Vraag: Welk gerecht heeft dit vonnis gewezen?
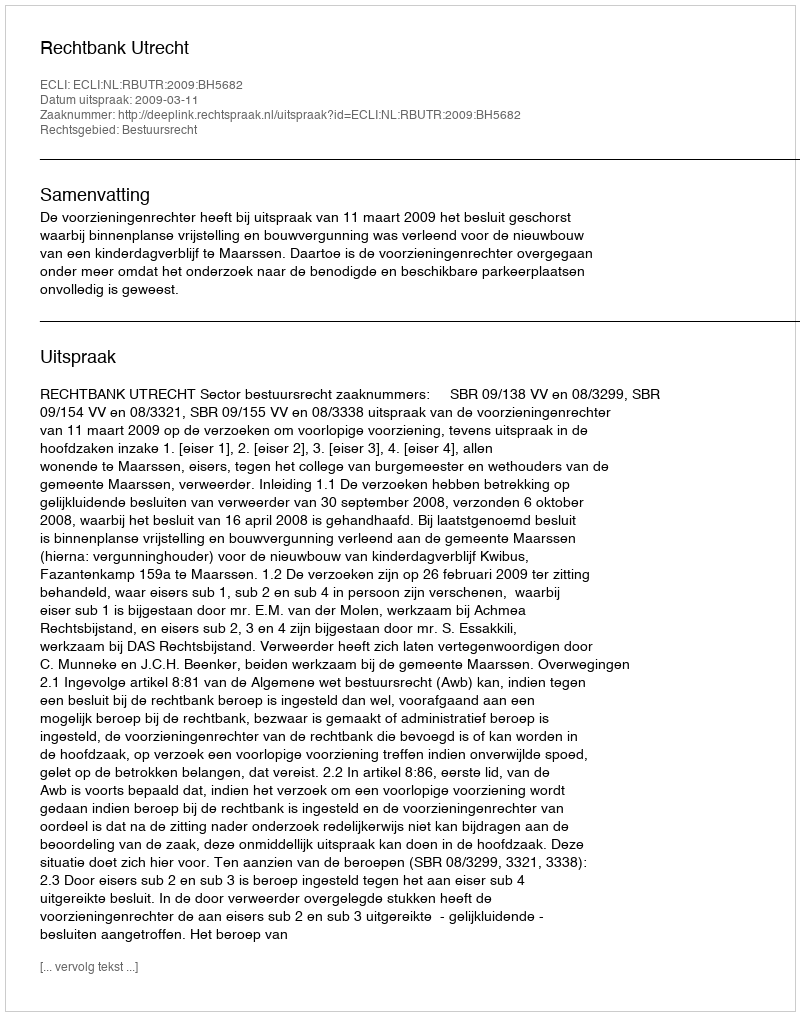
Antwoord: Rechtbank Utrecht